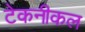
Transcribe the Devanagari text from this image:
टेकनीकल